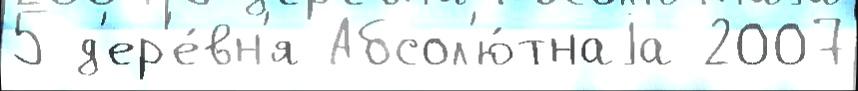
5 д'ер'е́вн'я Абсол'ю́тнаjа 2007